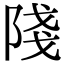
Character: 䧖